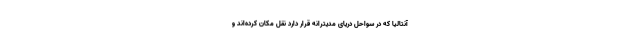
آنتالیا که در سواحل دریای مدیترانه قرار دارد نقل مکان کرده‌اند و